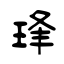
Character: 琒